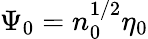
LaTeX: \Psi_{0}=n_{0}^{1/2}\eta_{0}